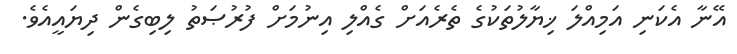
އޭނާ އެކަނި އަމިއްލަ ޚިޔާލުތަކުގެ ތެރެއަށް ގެއްލި އިނުމަށް ފުރުޞަތު ލިބިގެން ދިޔައީއެވެ.